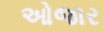
ઓજાર